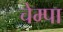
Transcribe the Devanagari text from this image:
चेम्पा